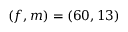
( f , m ) = ( 6 0 , 1 3 )